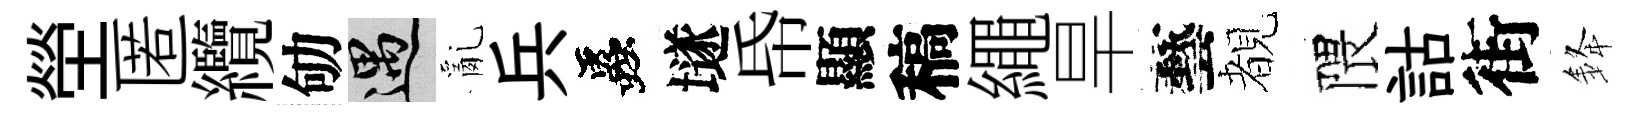
塋匿纜劬遇亂兵蟲𡑞帋顯稿繩旱藝覩隈詁街𨦟